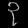
Digit: ၃